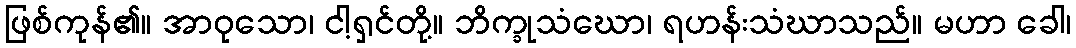
ဖြစ်ကုန်၏။ အာဝုသော၊ ငါ့ရှင်တို့။ ဘိက္ခုသံဃော၊ ရဟန်းသံဃာသည်။ မဟာ ခေါ၊